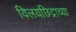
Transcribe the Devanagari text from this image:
विलयछिद्राच्या